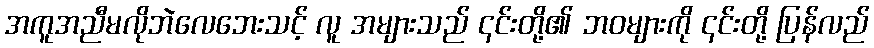
အကူအညီမလိုဘဲလေဘေးသင့် လူ အများသည် ၎င်းတို့၏ ဘဝများကို ၎င်းတို့ ပြန်လည်